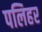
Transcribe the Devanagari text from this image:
पलिहर